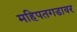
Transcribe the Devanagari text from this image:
महिपतगडावर